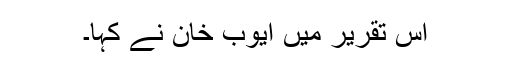
اس تقریر میں ایوب خان نے کہا۔